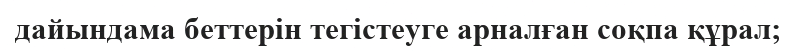
дайындама беттерін тегістеуге арналған соқпа құрал;